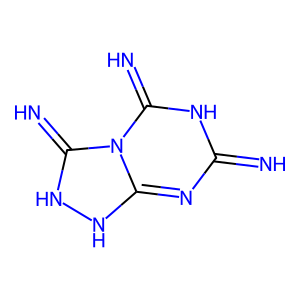
SMILES: N=c1nc2[nH][nH]c(=N)n2c(=N)[nH]1
Inhibits HIV replication: No